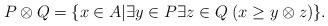
LaTeX: \begin{align*}P \otimes Q=\{x \in A | \exists y \in P \exists z \in Q \; (x \geq y \otimes z)\}.\end{align*}